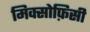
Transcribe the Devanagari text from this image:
मिक्सोफ़िसी